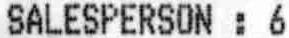
SALESPERSON : 6